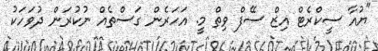
"ޔުއާ ސީކްރެޓް އިޒް ސޭފް ވިތް މީ. އަހަރެން ގަސްތެއް ނުކުރަން ދުވަހަކު